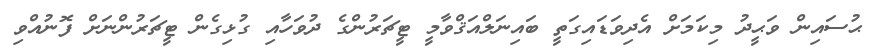
ޙުސައިން ވަޙީދު މިކަމަށް އެދިވަޑައިގަތީ ބައިނަލްއަޤްވާމީ ޓީޗަރުންގެ ދުވަހާއި ގުޅިގެން ޓީޗަރުންނަށް ފޮނުއްވި